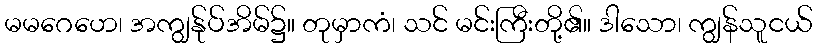
မမဂေဟေ၊ အကျွန်ုပ်အိမ်၌။ တုမှာကံ၊ သင် မင်းကြီးတို့၏။ ဒါသော၊ ကျွန်သူငယ်